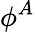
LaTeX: \phi^{A}